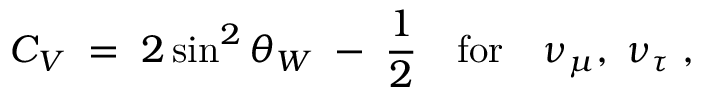
{ C _ { V } \; = \; 2 \sin ^ { 2 } \theta _ { W } \; - \; { \frac { 1 } { 2 } } \quad \mathrm { f o r } \quad \nu _ { \mu } , \; \nu _ { \tau } \; , }